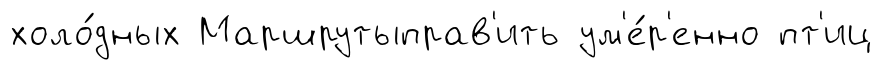
холо́дных Маршрутыправ'ить ум'е́р'енно пт'иц